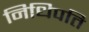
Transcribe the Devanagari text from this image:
निधिपति